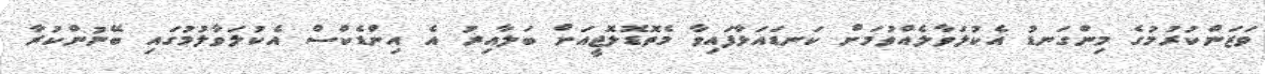
ވަޒަންކުރުމުގެ މިންގަނޑު އެކުލަވާލެއްވުމަށް ކަނޑައަޅާފައިވާ މެތޮޑޮލޮޖީއަށް ބަލާއިރު އެ އިންޑެކްސް އެކުލަވާލުމުގައި ބޭނުންކުރާ